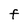
Character: F